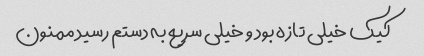
کیک خیلی تازه بود و خیلی سریع به دستم رسید ممنون